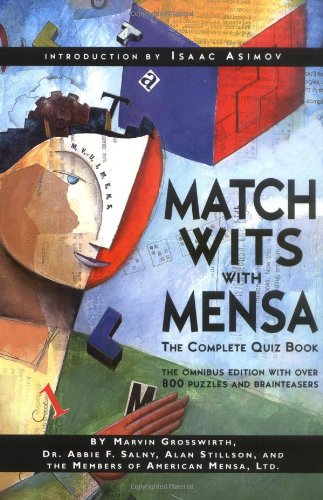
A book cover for Match Wits With Mensa: The Complete Quiz Book; Marvin Grosswirth; Humor & Entertainment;